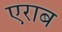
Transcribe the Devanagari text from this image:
एराब